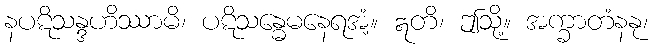
နပဋိသန္ဒဟိဿာမိ၊ ပဋိသန္ဓေမနေရအံ့။ ဣတိ၊ ဤသို့။ အက္ခာတံနနု၊